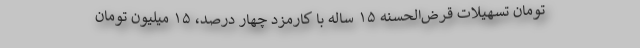
تومان تسهیلات قرض‌الحسنه ۱۵ ساله با کارمزد چهار درصد، ۱۵ میلیون تومان